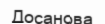
Досанова